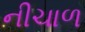
નીચાળ